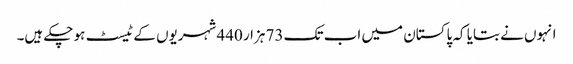
انہوں نے بتایا کہ پاکستان میں اب تک 73 ہزار 440 شہریوں کے ٹیسٹ ہو چکے ہیں۔